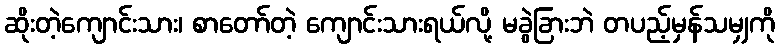
ဆိုးတဲ့ကျောင်းသား၊ စာတော်တဲ့ ကျောင်းသားရယ်လို့ မခွဲခြားဘဲ တပည့်မှန်သမျှကို